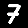
Digit: 7